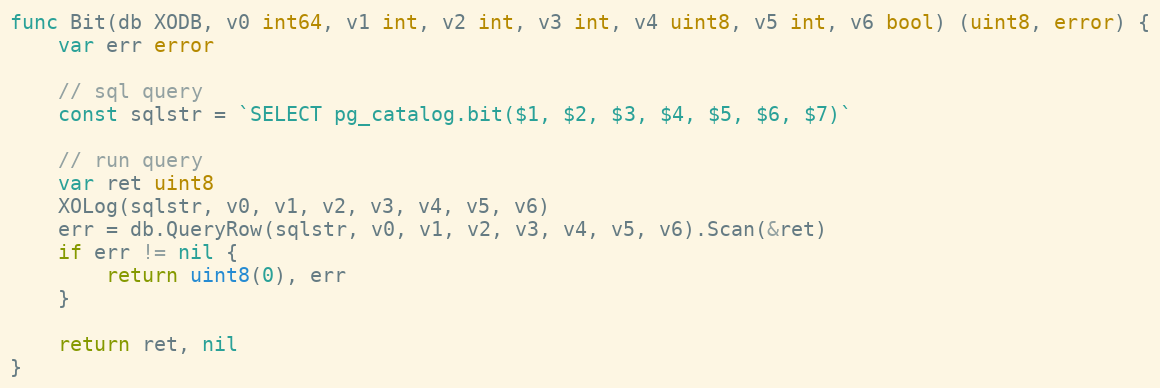
Language: Go
func Bit(db XODB, v0 int64, v1 int, v2 int, v3 int, v4 uint8, v5 int, v6 bool) (uint8, error) {
	var err error

	// sql query
	const sqlstr = `SELECT pg_catalog.bit($1, $2, $3, $4, $5, $6, $7)`

	// run query
	var ret uint8
	XOLog(sqlstr, v0, v1, v2, v3, v4, v5, v6)
	err = db.QueryRow(sqlstr, v0, v1, v2, v3, v4, v5, v6).Scan(&ret)
	if err != nil {
		return uint8(0), err
	}

	return ret, nil
}